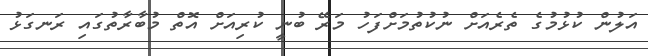
އަލުން ކުޅުމުގެ ތެރެއަށް ނުކުތުމަށްފަހު މަރޭ ބުނީ ކުރިއަށް އޮތް މުބާރާތުގައި ރަނގަޅު